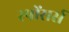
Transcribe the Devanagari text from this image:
स्पोंसर्स